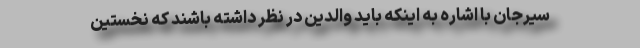
سیرجان با اشاره به اینکه باید والدین در نظر داشته باشند که نخستین